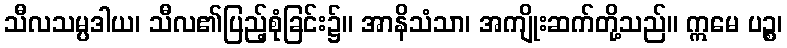
သီလသမ္ပဒါယ၊ သီလ၏ပြည့်စုံခြင်း၌။ အာနိသံသာ၊ အကျိုးဆက်တို့သည်။ ဣမေ ပဉ္စ၊